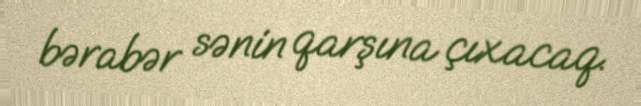
bərabər sənin qarşına çıxacaq.